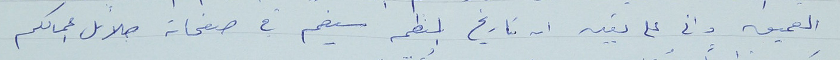
العميق وانى على يقين ان تاريخ المنظمه سيضم في صفحاته جلائل اعمالكم